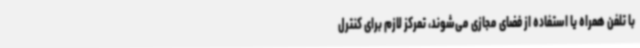
با تلفن همراه یا استفاده از فضای مجازی می‌شوند، تمرکز لازم برای کنترل